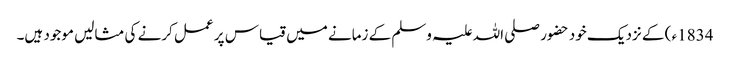
1834ء ) کے نزدیک خود حضور صلی اللہ علیہ وسلم کے زمانے میں قیاس پر عمل کرنے کی مثالیں موجود ہیں۔